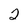
Character: 2